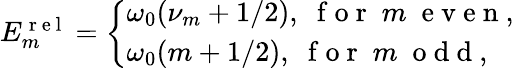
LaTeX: \begin{array}{r}{E_{m}^{\mathrm{~r~e~l~}}=\left\{ \begin{array}{ll}{\omega_{0}(\nu_{m}+1/2),\; \mathrm{~f~o~r~}\; m\; \mathrm{~e~v~e~n~},}\\ {\omega_{0}(m+1/2),\; \mathrm{~f~o~r~}\; m\; \mathrm{~o~d~d~},}\end{array}\right.}\end{array}